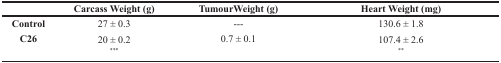
<table><thead><tr><td></td><td><b>Carcass Weight (g)</b></td><td><b>TumourWeight (g)</b></td><td><b>Heart Weight (mg)</b></td></tr></thead><tbody><tr><td><b>Control</b></td><td>27 ± 0.3</td><td>---</td><td>130.6 ± 1.8</td></tr><tr><td><b>C26</b></td><td>20 ± 0.2<sup>***</sup></td><td>0.7 ± 0.1</td><td>107.4 ± 2.6<sup>**</sup></td></tr></tbody></table>